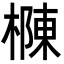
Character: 樄